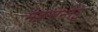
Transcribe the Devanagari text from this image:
मेइतान्तेइ